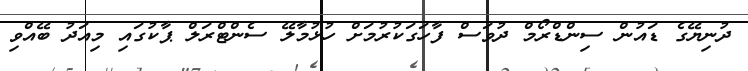
ދުނިޔޭގެ ޑައުން ސިންޑްރޯމް ދުވަސް ފާހަގަކުރުމަށް ހުޅުމާލޭ ސެންޓްރަލް ޕާކުގައި މިއަދު ބޭއްވި